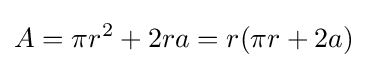
A=\pi r^{2}+2ra=r(\pi r+2a)